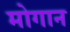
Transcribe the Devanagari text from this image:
मोगान